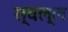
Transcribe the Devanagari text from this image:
स्वल्ल